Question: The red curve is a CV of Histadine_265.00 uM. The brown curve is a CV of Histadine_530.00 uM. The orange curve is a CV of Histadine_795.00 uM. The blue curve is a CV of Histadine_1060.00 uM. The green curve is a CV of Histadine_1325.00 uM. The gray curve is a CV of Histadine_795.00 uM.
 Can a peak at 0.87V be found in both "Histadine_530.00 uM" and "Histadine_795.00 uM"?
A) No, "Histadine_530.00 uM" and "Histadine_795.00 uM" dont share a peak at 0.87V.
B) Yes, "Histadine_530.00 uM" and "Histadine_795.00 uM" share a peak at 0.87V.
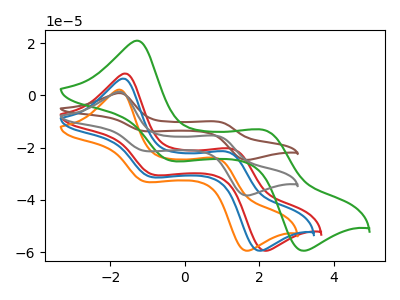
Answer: <think>The red curve "Histadine_265.00 uM" has anodic peaks at (-1.60V, 8.40uA) (1.30V, -20.50uA) and cathodic peaks at (-0.80V, -30.45uA) (2.15V, -59.45uA). The brown curve "Histadine_530.00 uM" has anodic peaks at (-1.75V, 2.90uA) (0.85V, -31.00uA) and cathodic peaks at (-1.05V, -42.60uA) (1.65V, -76.60uA). The orange curve "Histadine_795.00 uM" has anodic peaks at (-1.75V, 2.25uA) (0.85V, -24.05uA) and cathodic peaks at (-1.05V, -33.10uA) (1.65V, -59.45uA). The blue curve "Histadine_1060.00 uM" has anodic peaks at (-1.65V, 6.50uA) (1.15V, -21.65uA) and cathodic peaks at (-0.90V, -31.25uA) (2.00V, -59.45uA). The green curve "Histadine_1325.00 uM" has anodic peaks at (-1.30V, 21.00uA) (2.15V, -13.30uA) and cathodic peaks at (-0.35V, -25.05uA) (3.15V, -59.45uA). The gray curve "Histadine_795.00 uM" has anodic peaks at (-1.75V, 1.45uA) (0.85V, -15.50uA) and cathodic peaks at (-1.05V, -21.30uA) (1.65V, -38.30uA).</think>
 <answer>B) Yes, "Histadine_530.00 uM" and "Histadine_795.00 uM" share a peak at 0.87V.</answer>
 <eval>B</eval>